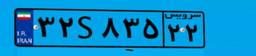
۳۲S۸۳۵۲۲